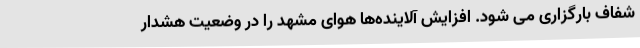
شفاف بارگزاری می شود. افزایش آلاینده‌ها هوای مشهد را در وضعیت هشدار